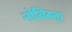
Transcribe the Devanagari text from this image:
नोविस्ता